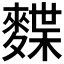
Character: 𪍐